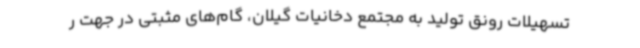
تسهیلات رونق تولید به مجتمع دخانیات گیلان، گام‌های مثبتی در جهت ر